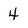
Character: 4